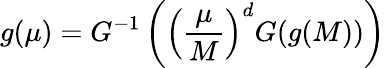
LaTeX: g(\mu)=G^{-1}\left(\left({\frac{\mu}{M}}\right)^{d}G(g(M))\right)